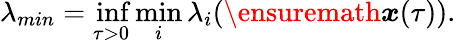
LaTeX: \lambda_{min}=\operatorname*{inf}_{\tau>0}\operatorname*{min}_{i}\lambda_{i}(\ensuremath{\boldsymbol{{x}}}(\tau)).